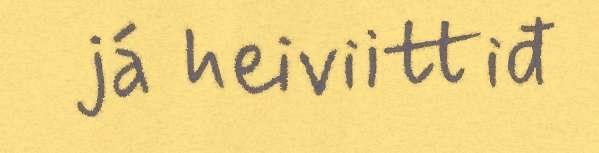
já heiviittiđ